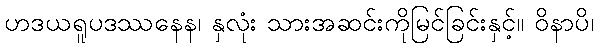
ဟဒယရူပဒဿနေန၊ နှလုံး သားအဆင်းကိုမြင်ခြင်းနှင့်။ ဝိနာပိ၊